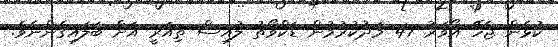
ކުޅެން ޖެހޭ އޯވަރު 47 މަދުކުރުމުން ޑަކްވޯތު ލުއިސް ތިއަރީ އަށް ބަލައިގެންނެވެ.